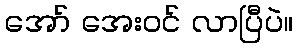
အော် အေးဝင် လာပြီပဲ။